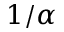
1 / \alpha